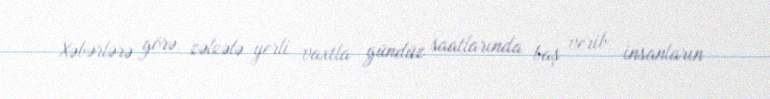
Xəbərlərə görə, zəlzələ yerli vaxtla gündüz saatlarında baş verib, insanların